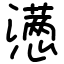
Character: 懑